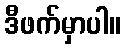
ဒီဖက်မှာပါ။